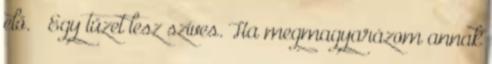
elő. – Egy tüzet lesz szíves. Ha megmagyarázom annak